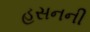
હસનની